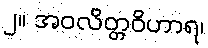
၂။ အဝလိတ္တဝိဟာရ၊